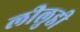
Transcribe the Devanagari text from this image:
लीलुडी